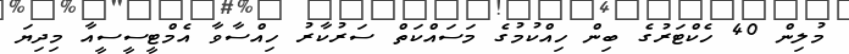
މުލިން 40 ހެކްޓަރުގެ ބިން ހިއްކުމުގެ މަސައްކަތް ސަރުކާރު ހިއްސާވާ އެމްޓީސީސީއާ މިދިޔަ